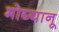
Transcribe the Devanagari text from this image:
मोघ्यानू